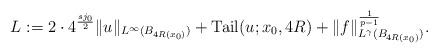
LaTeX: \begin{align*} L:=2 \cdot 4^{\frac{s j_0}{2 }} \|u\|_{L^{\infty}(B_{4 R(x_0)})}+\operatorname{Tail}(u ; x_0, 4 R) +\|f\|^{\frac{1}{p-1}}_{L^\gamma(B_{4 R(x_0)})}. \end{align*}